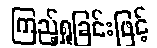
ကြည့်ရှုခြင်းဖြင့်